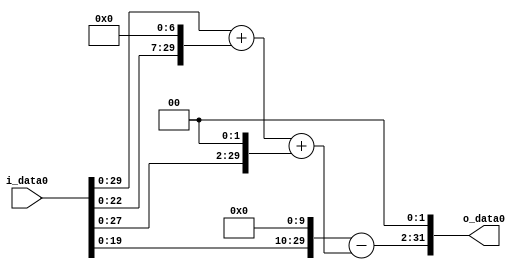
module multiplier_block (
    i_data0,
    o_data0
);

  // Port mode declarations:
  input   [31:0] i_data0;
  output  [31:0]
    o_data0;

  //Multipliers:

  wire [31:0]
    w1,
    w128,
    w129,
    w4,
    w133,
    w1024,
    w891,
    w3564;

  assign w1 = i_data0;
  assign w1024 = w1 << 10;
  assign w128 = w1 << 7;
  assign w129 = w1 + w128;
  assign w133 = w129 + w4;
  assign w3564 = w891 << 2;
  assign w4 = w1 << 2;
  assign w891 = w1024 - w133;

  assign o_data0 = w3564;

  //multiplier_block area estimate = 4972.96805141765;
endmodule